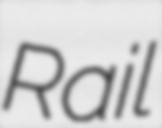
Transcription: Rail